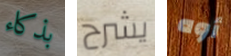
بذكاء يشرح أوه